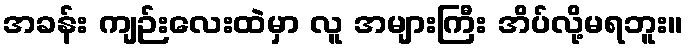
အခန်း ကျဉ်းလေးထဲမှာ လူ အများကြီး အိပ်လို့မရဘူး။